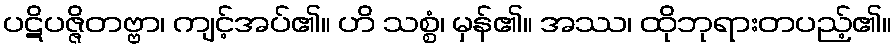
ပဋိပဇ္ဇိတဗ္ဗာ၊ ကျင့်အပ်၏။ ဟိ သစ္စံ၊ မှန်၏။ အဿ၊ ထိုဘုရားတပည့်၏။